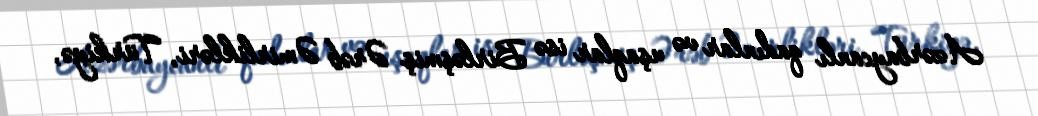
Azərbaycanlı qadınlar və uşaqlar isə Birləşmiş Ərəb Əmirlikləri, Türkiyə,